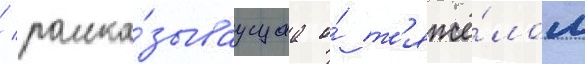
/ расска́зываущаа о́ т'яжё́лом